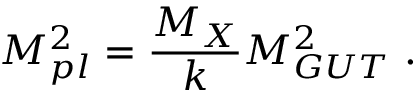
M _ { p l } ^ { 2 } = { \frac { M _ { X } } { \displaystyle { k } } } M _ { G U T } ^ { 2 } ~ . ~ \,